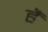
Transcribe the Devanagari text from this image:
हैॅ